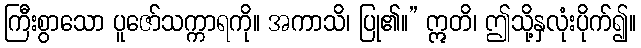
ကြီးစွာသော ပူဇော်သက္ကာရကို။ အကာသိ၊ ပြု၏။” ဣတိ၊ ဤသို့နှလုံးပိုက်၍။